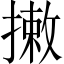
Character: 𢳯